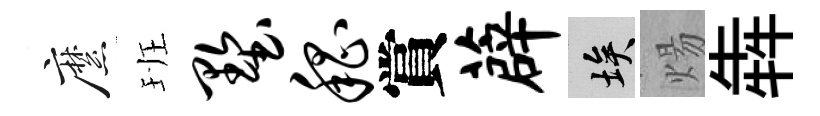
縻班墅嵇賞薜埃煬犇